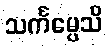
သင်္ကမ္ပေသိ